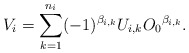
\begin{align*} V_{i} = \sum_{k=1}^{n_i}(-1)^{\beta_{i, k}} U_{i,k} {O_0} ^{\beta_{i, k}} \mbox{.} \end{align*}